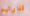
قدرتهم